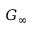
G _ { \infty }